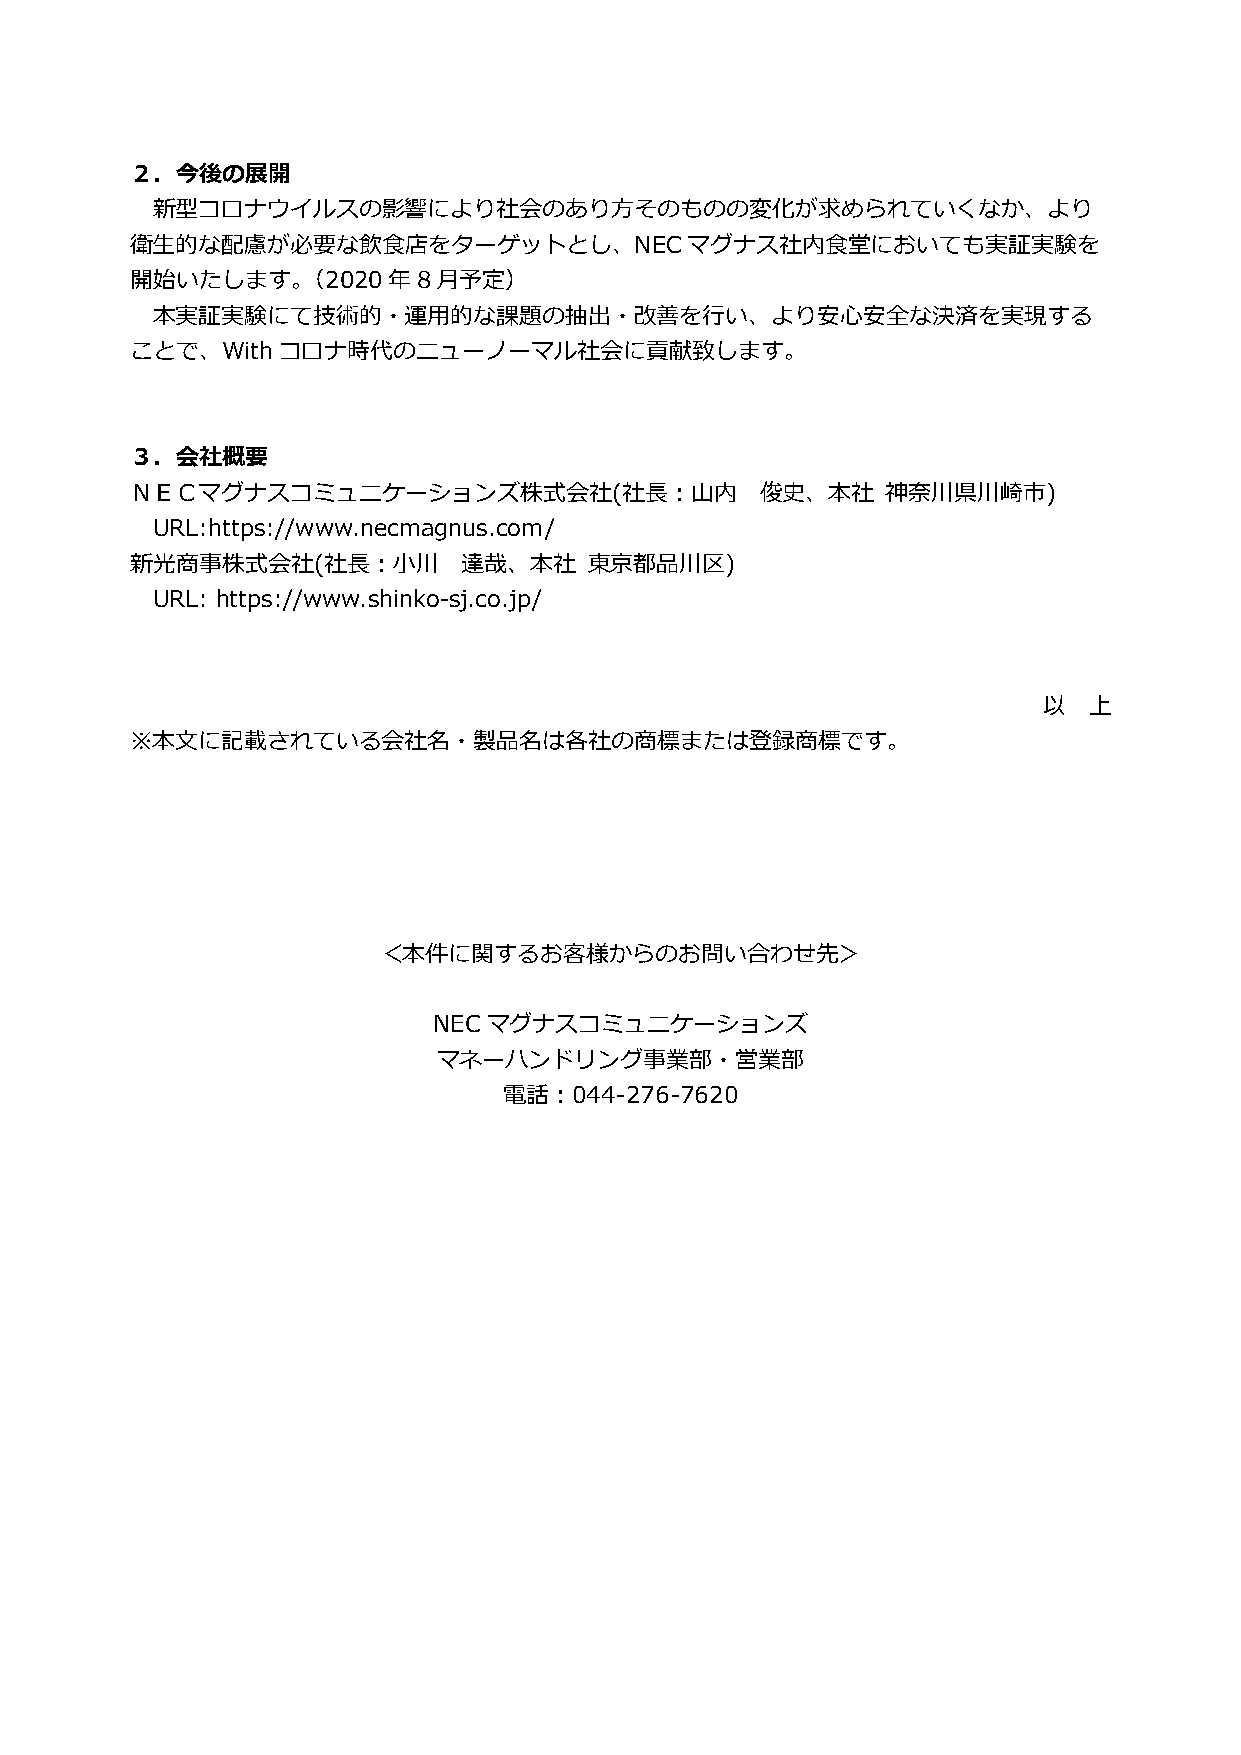
２．今後の展開
 新型コロナウイルスの影響により社会のあり方そのものの変化が求められていくなか、より
 衛生的な配慮が必要な飲食店をターゲットとし、NECマグナス社内食堂においても実証実験を
 開始いたします。（2020年8月予定）
 本実証実験にて技術的・運用的な課題の抽出・改善を行い、より安心安全な決済を実現する
 ことで、Withコロナ時代のニューノーマル社会に貢献致します。
 ３．会社概要
 ＮＥＣマグナスコミュニケーションズ株式会社(社長：山内              俊史、本社    神奈川県川崎市)
 URL:https://www.necmagnus.com/
 新光商事株式会社(社長：小川        達哉、本社   東京都品川区)
 URL: https://www.shinko-sj.co.jp/
 以  上
 ※本文に記載されている会社名・製品名は各社の商標または登録商標です。
 ＜本件に関するお客様からのお問い合わせ先＞
 NECマグナスコミュニケーションズ
 マネーハンドリング事業部・営業部
 電話：044-276-7620